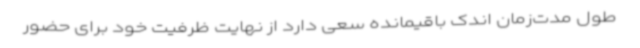
طول مدت‌زمان اندک باقیمانده سعی دارد از نهایت ظرفیت خود برای حضور